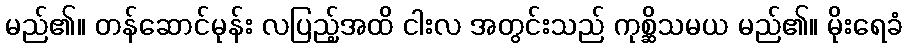
မည်၏။ တန်ဆောင်မုန်း လပြည့်အထိ ငါးလ အတွင်းသည် ကုစ္ဆိသမယ မည်၏။ မိုးရေခံ